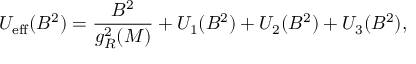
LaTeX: U _ { \mathrm { e f f } } ( B ^ { 2 } ) = \frac { B ^ { 2 } } { g _ { R } ^ { 2 } ( M ) } + U _ { 1 } ( B ^ { 2 } ) + U _ { 2 } ( B ^ { 2 } ) + U _ { 3 } ( B ^ { 2 } ) ,